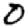
Digit: 0